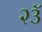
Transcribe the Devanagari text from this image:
२३ॅ